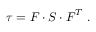
{ \boldsymbol { \tau } } = { \boldsymbol { F } } \cdot { \boldsymbol { S } } \cdot { \boldsymbol { F } } ^ { T } ~ .